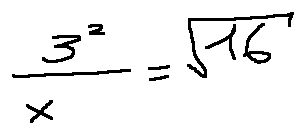
\frac { 3 ^ { 2 } } { x } = \sqrt { 1 6 }